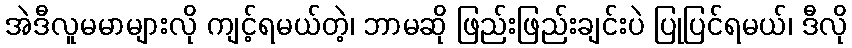
အဲဒီလူမမာများလို ကျင့်ရမယ်တဲ့၊ ဘာမဆို ဖြည်းဖြည်းချင်းပဲ ပြုပြင်ရမယ်၊ ဒီလို